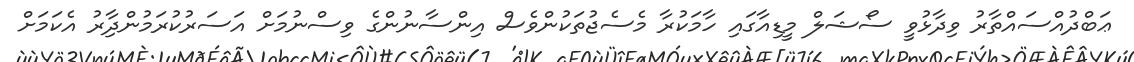
ޢަބްދުއްސައްތާރު ވިދާޅުވީ ސޯޝަލް މީޑިއާގައި ހާމަކުރާ މެސެޖުތަކުންވެސް އިންސާނުންގެ ވިސްނުމަށް އަސަރުކުރަމުންދާިރު އެކަމަށް